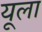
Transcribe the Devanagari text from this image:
यूला